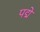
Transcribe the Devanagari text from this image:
पद्मे